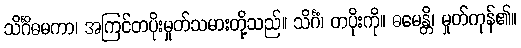
သိင်္ဂိဓမကာ၊ အကြင်တပိုးမှုတ်သမားတို့သည်။ သိင်္ဂံ၊ တပိုးကို။ ဓမေန္တိ၊ မှုတ်ကုန်၏။